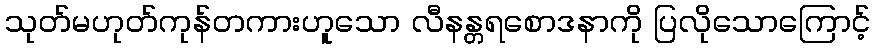
သုတ်မဟုတ်ကုန်တကားဟူသော လီနန္တရစောဒနာကို ပြလိုသောကြောင့်